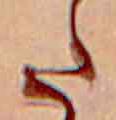
た